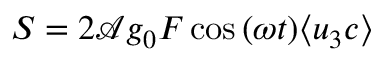
S = 2 \mathcal { A } g _ { 0 } F \cos { ( \omega t ) } \langle u _ { 3 } c \rangle